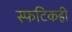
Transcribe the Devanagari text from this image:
स्फटिकही